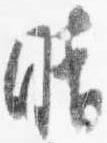
晴